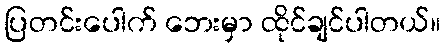
ပြတင်းပေါက် ဘေးမှာ ထိုင်ချင်ပါတယ်။